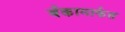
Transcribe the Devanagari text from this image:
बँकामार्फत